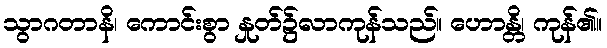
သွာဂတာနိ၊ ကောင်းစွာ နှုတ်၌လာကုန်သည်။ ဟောန္တိ၊ ကုန်၏။